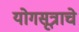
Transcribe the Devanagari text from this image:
योगसूत्राचे